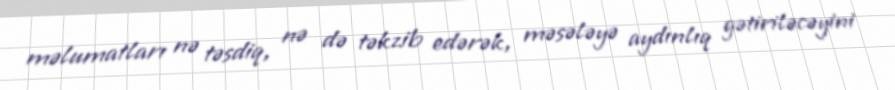
məlumatları nə təsdiq, nə də təkzib edərək, məsələyə aydınlıq gətiriləcəyini